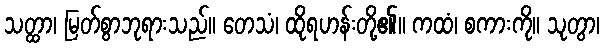
သတ္ထာ၊ မြတ်စွာဘုရားသည်။ တေသံ၊ ထိုရဟန်းတို့၏။ ကထံ၊ စကားကို။ သုတွာ၊